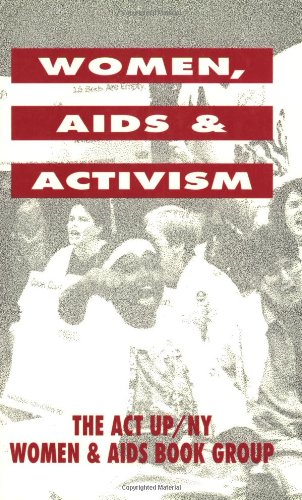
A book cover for Women, AIDS, and Activism; ACT UP NY / Women AIDS Book Group; Health, Fitness & Dieting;